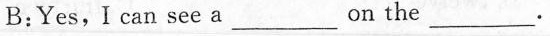
B:Yes,I can see a ___ on the ___.